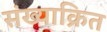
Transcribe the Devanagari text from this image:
संख्याक्रित